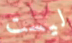
ليست